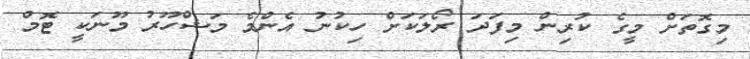
މިގޮތަށް މީގެ ކުރިން މިފަދަ ރޯލަކަށް ހިކުނު އެންމެ މަޝްހޫރު މޫނަކީ ޓޮމް